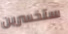
ستخسرين